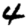
Digit: 4